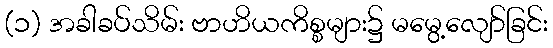
(၁) အခါခပ်သိမ်း ဗာဟိယကိစ္စများ၌ မမွေ့လျော်ခြင်း